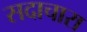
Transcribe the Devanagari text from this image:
सदाचारा